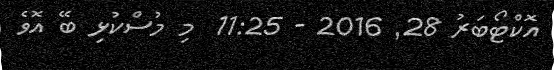
އޮކްޓޯބަރު 28